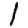
Digit: 1